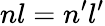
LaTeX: nl=n^{\prime}l^{\prime}